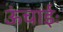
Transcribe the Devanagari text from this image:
ऊंचाईः